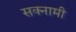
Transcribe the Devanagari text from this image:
सक्नामी